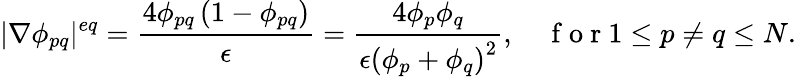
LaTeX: |\nabla\phi_{pq}|^{eq}=\frac{4\phi_{pq}\left(1-\phi_{pq}\right)}{\epsilon}=\frac{4\phi_{p}\phi_{q}}{\epsilon\left(\phi_{p}+\phi_{q}\right)^{2}},\quad\mathrm{~f~o~r~}1\leq p\neq q\leq N.